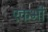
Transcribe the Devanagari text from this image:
एकभी